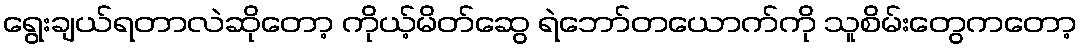
ရွေးချယ်ရတာလဲဆိုတော့ ကိုယ့်မိတ်ဆွေ ရဲဘော်တယောက်ကို သူစိမ်းတွေကတော့